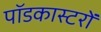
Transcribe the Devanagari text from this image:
पॉडकास्टरों